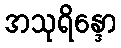
အသုရိန္ဒော